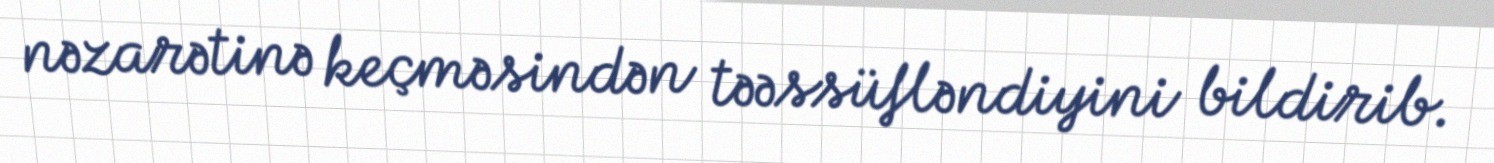
nəzarətinə keçməsindən təəssüfləndiyini bildirib.